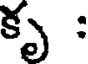
కృ :